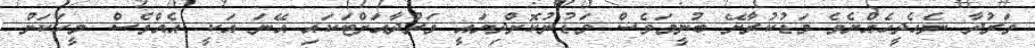
ވަރުދާ ނެހެދީހެއްޔެވެ މަޑުކުރާށޭ ބުނީމަވެސް މަޑުނުކޮށްދިޔައީ ވަރުދާއަށްޓަކައި އޭނަ އަކީ އެއްވެސް މީހަކަށް